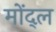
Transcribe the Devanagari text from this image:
मोंद्ल